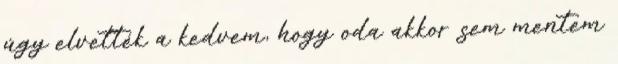
úgy elvették a kedvem, hogy oda akkor sem mentem